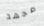
مجهد